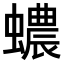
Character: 𧓅